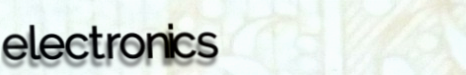
electronics